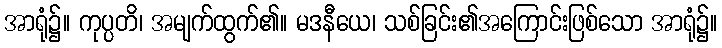
အာရုံ၌။ ကုပ္ပတိ၊ အမျက်ထွက်၏။ မဒနီယေ၊ သစ်ခြင်း၏အကြောင်းဖြစ်သော အာရုံ၌။